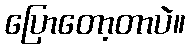
ပြောတော့တာပဲ။